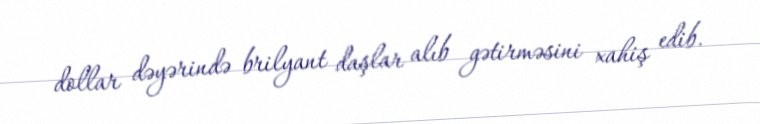
dollar dəyərində brilyant daşlar alıb gətirməsini xahiş edib.